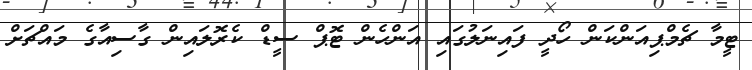
ޓީމާ ޗެމްޕިއަންކަން ހޯދީ ފައިނަލުގައި އަންހެން ޓޮޕް ސީޑް ކެރޮލައިން ގާސިއާގެ މައްޗަށް